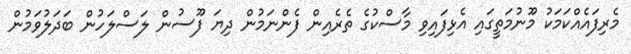
މެރިފައެއްކަމަކު މޫނުމަތީގައި އެޅިފައިވި މާސްކުގެ ތެރެއިން ފެންނަމުން ދިޔަ ފޫސުން ލަސްލަހުން ބަދަލުވަމުން